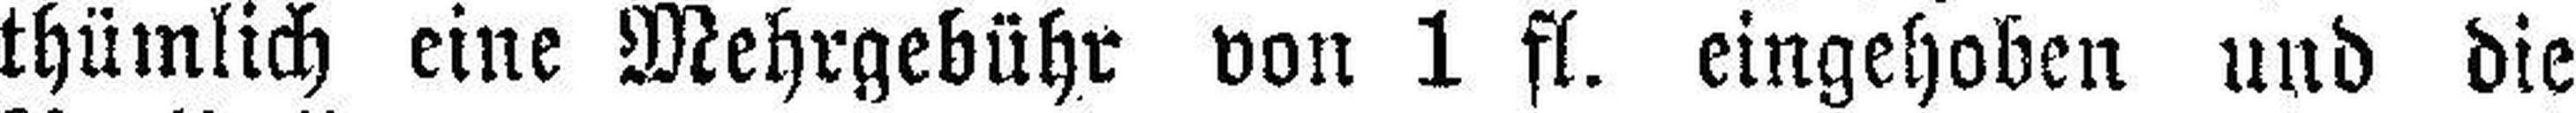
thümlich eine Mehrgebühr von 1 fl. eingehoben und die